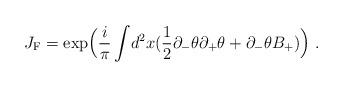
LaTeX: \begin{align*}J_{{\rm {F}}} = \exp \Bigl(\frac{i}{ \pi}\int \!d^2x( \frac{1}{2}\partial_{-}\theta \partial_{+} \theta + \partial_{-}\theta B_{+})\Bigr)\; .\end{align*}